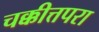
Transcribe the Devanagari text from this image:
चक्कीत्तपरा